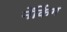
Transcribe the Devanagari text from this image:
नेंकिंग